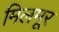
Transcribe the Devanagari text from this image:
मिलमूर